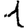
Digit: 1